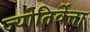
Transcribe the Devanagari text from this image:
ज्योतिर्वेत्ता